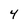
Character: 4